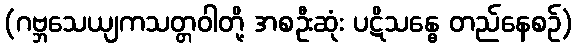
(ဂဗ္ဘသေယျကသတ္တဝါတို့ အစဦးဆုံး ပဋိသန္ဓေ တည်နေစဉ်)